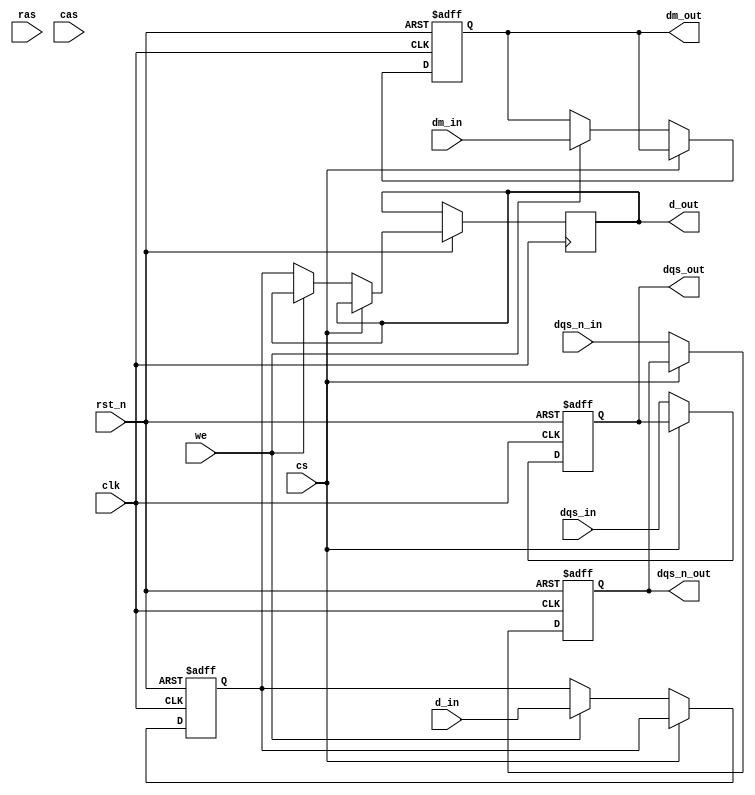
module ddr4_sdram_io (
    input wire clk,                   // System clock
    input wire rst_n,                 // Active low reset
    input wire [15:0] d_in,           // Input data (DQ)
    input wire [1:0] dqs_in,          // DQS input
    input wire dqs_n_in,              // Inverted DQS input
    input wire dm_in,                 // Data Mask input
    input wire ras,                   // Row Address Strobe
    input wire cas,                   // Column Address Strobe
    input wire we,                    // Write Enable
    input wire cs,                    // Chip Select
    output wire [15:0] d_out,         // Output data (DQ)
    output wire [1:0] dqs_out,        // DQS output
    output wire dqs_n_out,            // Inverted DQS output
    output wire dm_out                 // Data Mask output
);

    // Internal signals
    reg [15:0] data_buffer;            // Buffer for data
    reg [1:0] dqs_buffer;              // Buffer for DQS
    reg dqs_n_buffer;                  // Buffer for inverted DQS
    reg dm_buffer;                     // Buffer for Data Mask

    // Input buffer for data lines
    always @(posedge clk or negedge rst_n) begin
        if (!rst_n) begin
            data_buffer <= 16'b0;
            dqs_buffer <= 2'b0;
            dqs_n_buffer <= 1'b0;
            dm_buffer <= 1'b0;
        end else begin
            if (!cs) begin  // If chip is selected
                if (we) begin  // Write operation
                    data_buffer <= d_in;  // Capture input data
                    dm_buffer <= dm_in;    // Capture Data Mask
                end else begin  // Read operation
                    d_out <= data_buffer;  // Output data from buffer
                end
                dqs_buffer <= dqs_in;        // Capture DQS
                dqs_n_buffer <= dqs_n_in;    // Capture inverted DQS
            end
        end
    end

    // Output assignments
    assign dqs_out = dqs_buffer;
    assign dqs_n_out = dqs_n_buffer;
    assign dm_out = dm_buffer;

    // Additional timing management and control logic can be added here

endmodule